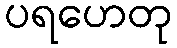
ပရဟေတု